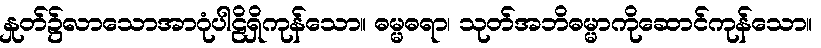
နှုတ်၌လာသောအာဂုံပါဠိရှိကုန်သော။ ဓမ္မဓရာ၊ သုတ်အဘိဓမ္မာကိုဆောင်ကုန်သော။